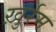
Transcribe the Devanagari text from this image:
ख़ुर्रम